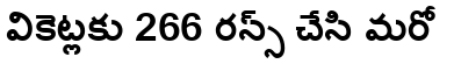
వికెట్లకు 266 రన్స్ చేసి మరో